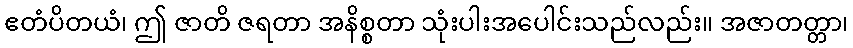
ဧတံပိတယံ၊ ဤ ဇာတိ ဇရတာ အနိစ္စတာ သုံးပါးအပေါင်းသည်လည်း။ အဇာတတ္တာ၊